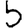
Digit: 5